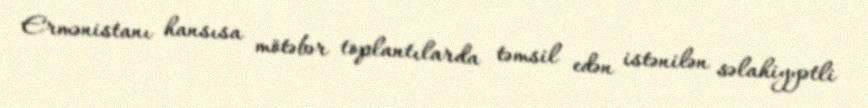
Ermənistanı hansısa mötəbər toplantılarda təmsil edən istənilən səlahiyyətli